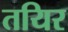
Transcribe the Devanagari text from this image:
तयिर